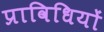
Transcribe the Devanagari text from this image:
प्राविधियों